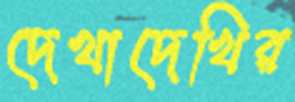
দেখাদেখির